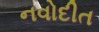
નવોદીત